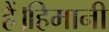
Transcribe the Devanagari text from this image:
हैं।हिमानी